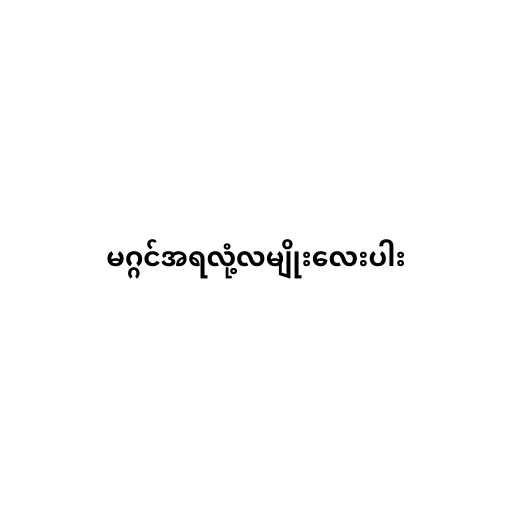
မဂ္ဂင်အရလုံ့လမျိုးလေးပါး